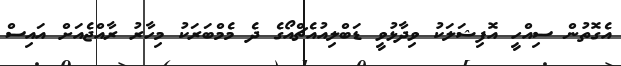
އެގޮތުން ސިއްހީ އޮފިޝަލަކު ވިދާޅުވީ ޑަބްލިއުއެޗްއޯގެ ދެ މެމްބަރަކު މިހާރު ރާއްޖެއަށް އައިސް